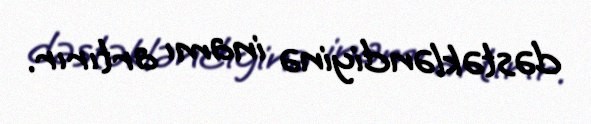
dəstəkləndiyinə inamı artırır.